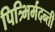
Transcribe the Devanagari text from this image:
पित्र्भिर्मदन्ती